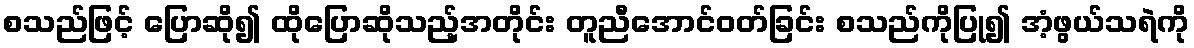
စသည်ဖြင့် ပြောဆို၍ ထိုပြောဆိုသည့်အတိုင်း တူညီအောင်ဝတ်ခြင်း စသည်ကိုပြု၍ အံ့ဖွယ်သရဲကို